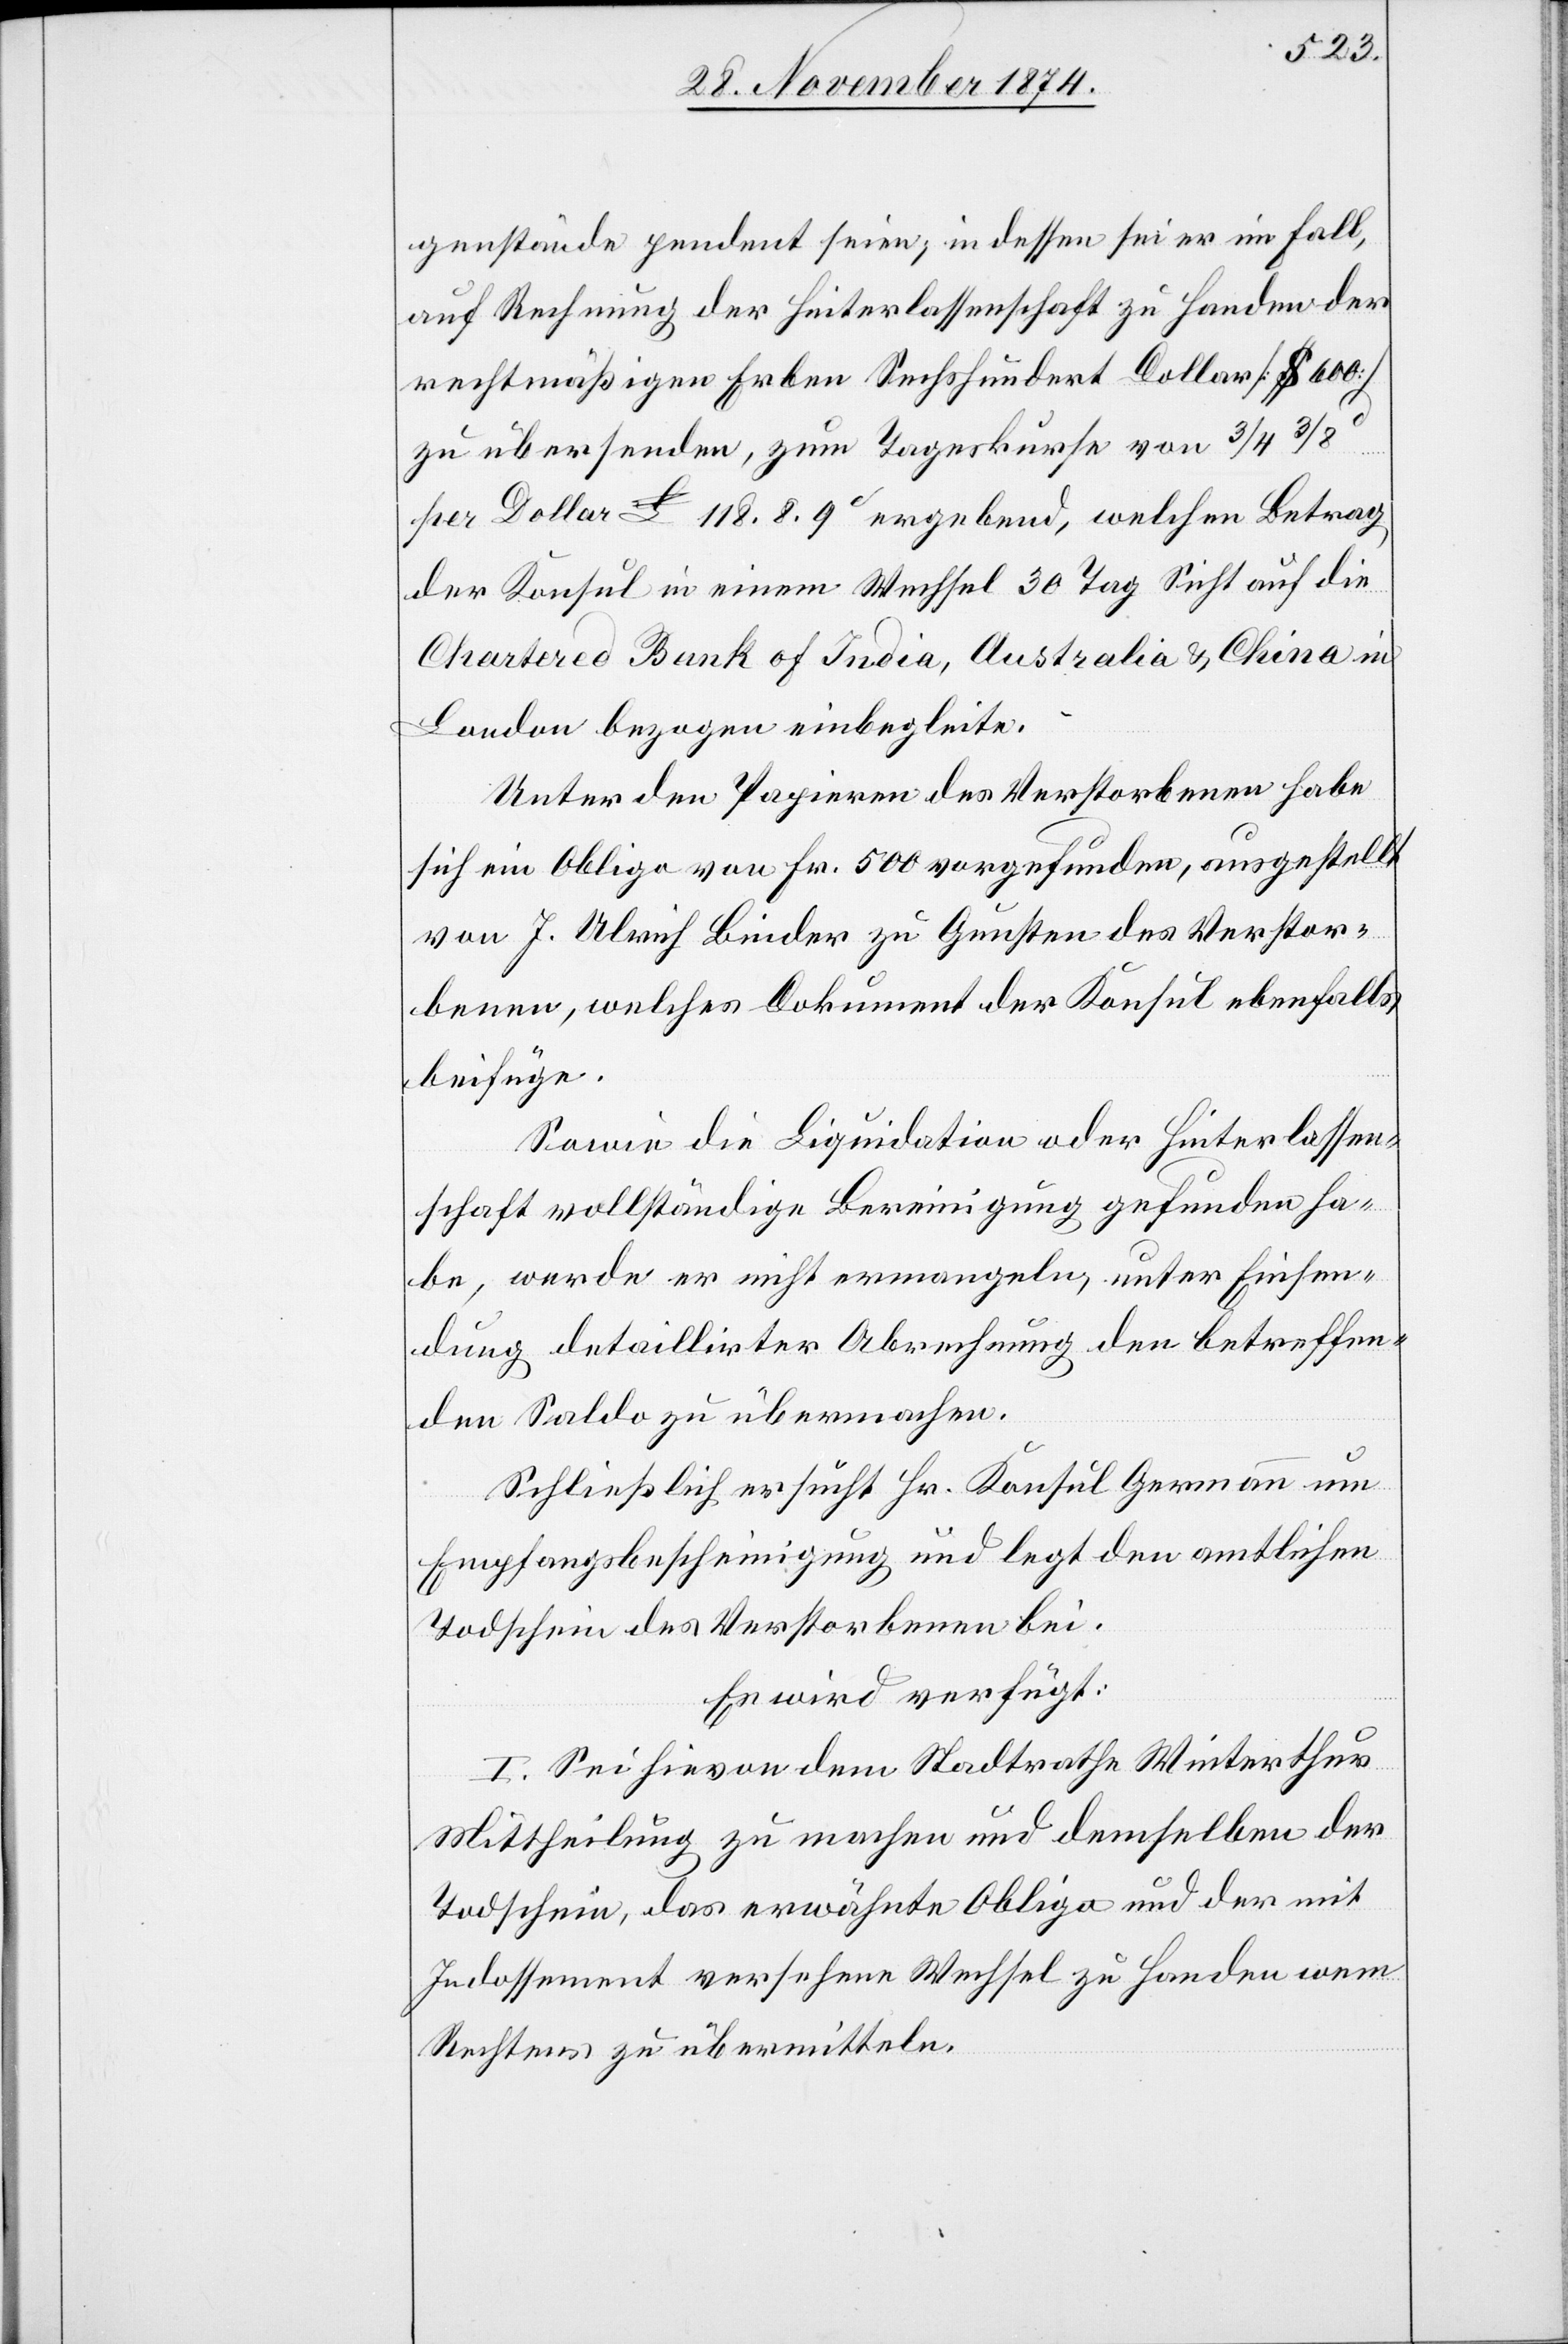
genstände pendent seien, indessen sei er im Fall,
auf Rechnung der Hinterlassenschaft zu Handen der
rechtmäßigen Erben Sechshundert Dollar [$ 600]
zu übersenden, zum Tageskurse von 3/4
per Dollar £ 118.8.9c ergebend, welchen Betrag
der Konsul in einem Wechsel 30 Tag Sicht auf die
Chartered Bank of India, Australia & China in
London bezogen einbegleite.
Unter den Papieren des Verstorbenen habe
sich ein Obligo von Fr. 500 vorgefunden, ausgestellt
von J. Ulrich Binder zu Gunsten des Verstor¬
benen, welches Dokument der Konsul ebenfalls
beifüge.
Sowie die Liquidation oder Hinterlassen¬
schaft vollständige Bereinigung gefunden ha¬
be, werde er nicht ermangeln, unter Einsen¬
dung detaillirter Abrechnung den betreffen¬
den Saldo zu übermachen.
Schließlich ersucht Hr. Konsul Germann um
Empfangsbescheinigung und legt den amtlichen
Todschein des Verstorbenen bei.
Es wird verfügt:
I. Sei hievon dem Stadtrathe Winterthur
Mittheilung zu machen und demselben der
Todschein, das erwähnte Obligo und der mit
Indossement versehene Wechsel zu Handen wem
Rechtens zu übermitteln.